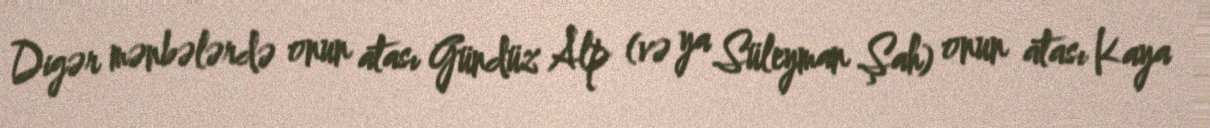
Digər mənbələrdə onun atası Gündüz Alp (və ya Süleyman Şah) onun atası Kaya